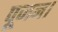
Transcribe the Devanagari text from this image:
पूजन।